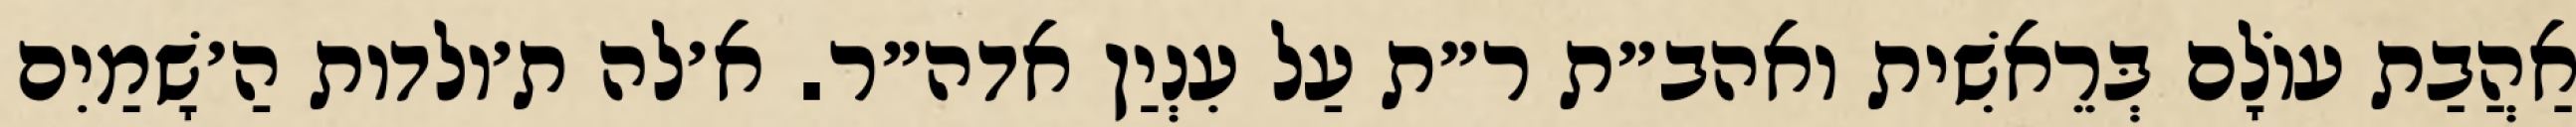
אַהֲבַת עוֹלָם בְּרֵאשִׁית ואהב״ת ר״ת עַל עִנְיַן אדה״ר. א׳לה ת׳ולדות הַ׳שָׁמַיִם